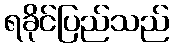
ရခိုင်ပြည်သည်